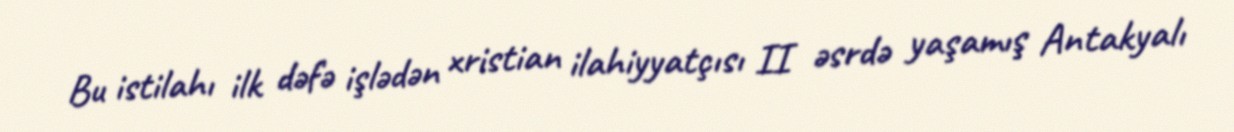
Bu istilahı ilk dəfə işlədən xristian ilahiyyatçısı II əsrdə yaşamış Antakyalı